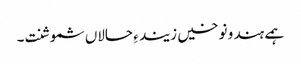
ہمے ہند و نوخیں زیند ءِ حالاں شموشنت۔